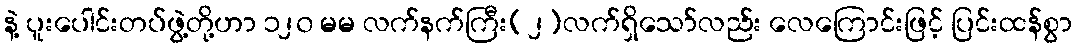
နဲ့ ပူးပေါင်းတပ်ဖွဲ့တို့ဟာ ၁၂၀ မမ လက်နက်ကြီး(၂)လက်ရှိသော်လည်း လေကြောင်းဖြင့် ပြင်းထန်စွာ